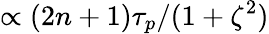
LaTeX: \propto(2n+1)\tau_{p}/(1+\zeta^{2})